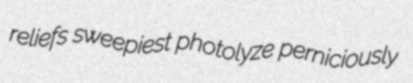
reliefs sweepiest photolyze perniciously